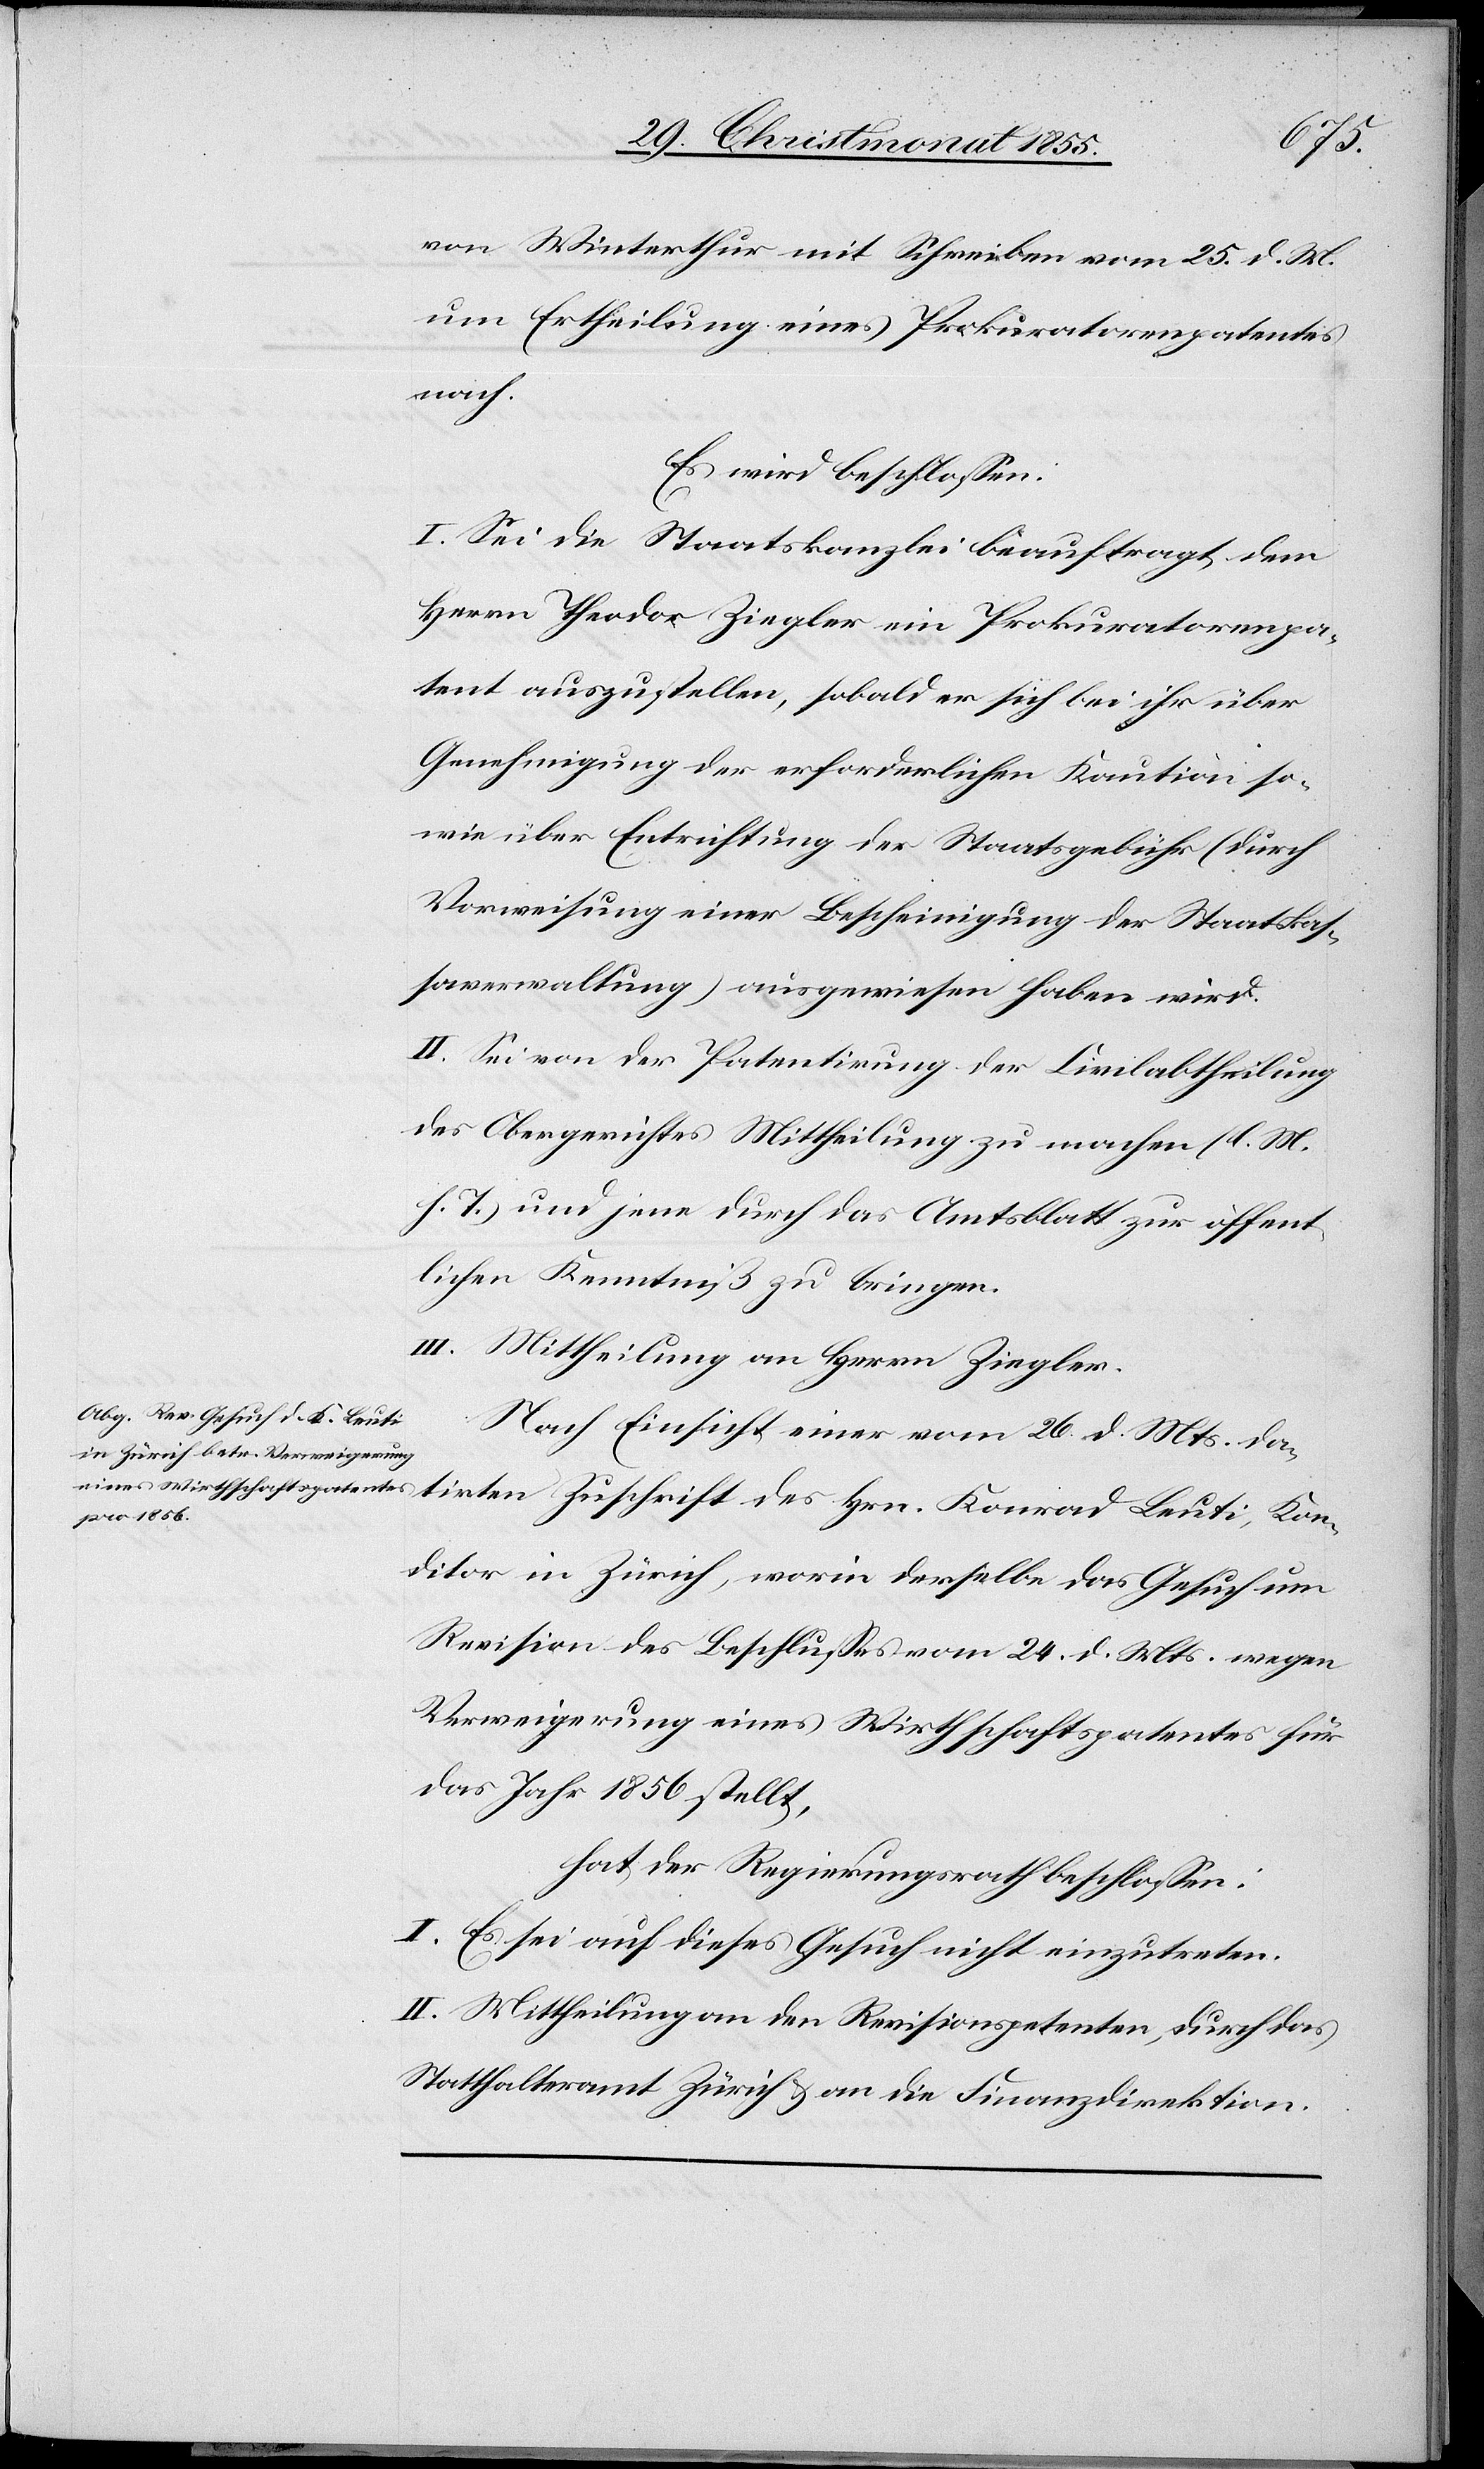
von Winterthur mit Schreiben vom 25. d. M.
um Ertheilung eines Prokuratorenpatentes
nach.
Es wird beschlossen:
I. Sei die Staatskanzlei beauftragt, dem
Herrn Theodor Ziegler ein Prokuratorenpa¬
tent auszustellen, sobald er sich bei ihr über
Genehmigung der erforderlichen Kaution so¬
wie über Entrichtung der Staatsgebühr (durch
Vorweisung einer Bescheinigung der Staatskas¬
saverwaltung) ausgewiesen haben wird.
II. Sei von der Patentirung der Civilabtheilung
des Obergerichtes Mittheilung zu machen (l. M.
h. T.) und jene durch das Amtsblatt zur öffent¬
lichen Kenntniß zu bringen.
III.
Mittheilung an Herrn Ziegler.
Nach Einsicht einer vom 26. d. Mts. da¬
tirten Zuschrift des Hrn. Konrad Leuti, Kon¬
ditor in Zürich, worin derselbe das Gesuch um
Revision des Beschlusses vom 24. d. Mts. wegen
Verweigerung eines Wirthschaftspatentes für
das Jahr 1856 stellt,
hat der Regierungsrath beschlossen:
I. Es sei auf dieses Gesuch nicht einzutreten.
II. Mittheilung an den Revisionspetenten, durch das
Statthalteramt Zürich & an die Finanzdirektion.